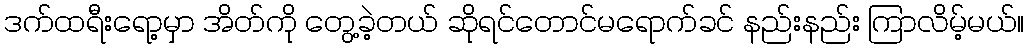
ဒက်ထရီးရော့မှာ အိတ်ကို တွေ့ခဲ့တယ် ဆိုရင်တောင်မရောက်ခင် နည်းနည်း ကြာလိမ့်မယ်။